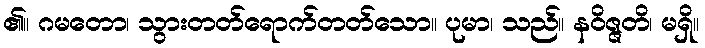
၏။ ဂမတော၊ သွားတတ်ရောက်တတ်သော။ ပုမာ၊ သည်။ နဝိဇ္ဇတိ၊ မရှိ။